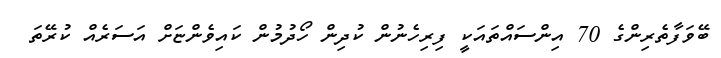
ބޭވަފާތެރިންގެ 70 އިންސައްތައަކީ ފިރިހެނުން ކުދިން ހޯދުމުން ކައިވެންޏަށް އަސަރެއް ކުރޭތަ